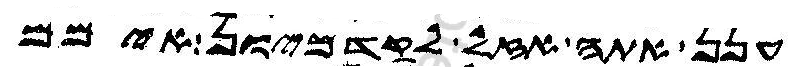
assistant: ענן אתה אזל לקדמיון אימם